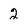
Character: 2